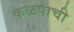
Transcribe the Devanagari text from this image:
कळपाची